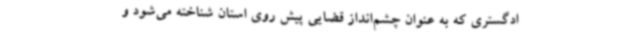
ادگستری که به عنوان چشم‌انداز قضایی پیش روی استان شناخته می‌شود و